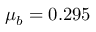
\mu _ { b } = 0 . 2 9 5